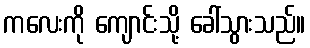
ကလေးကို ကျောင်းသို့ ခေါ်သွားသည်။